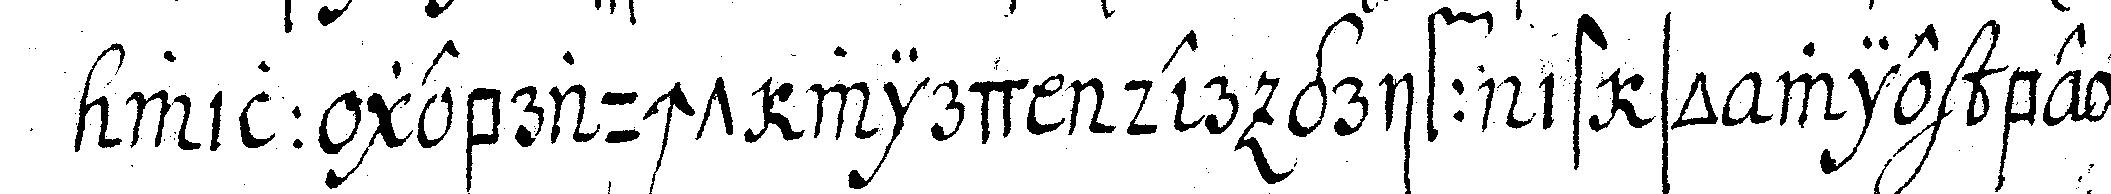
will gebraucht wird der griff ist so wie beym